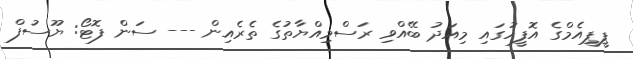
ޕީޕީއެމްގެ އޮފީހުގައި މިއަދު ބޭއްވި ރަސްމިއްޔާތުގެ ތެރެއިން --- ސަން ފޮޓޯ: ޔޫސުފް